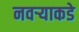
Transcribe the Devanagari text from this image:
नवर्‍याकडे